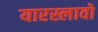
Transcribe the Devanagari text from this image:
यारस्लावो